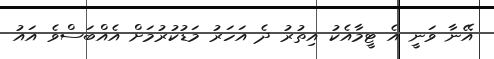
އޭނާ ވަނީ އެ ޓީމާއެކު އިތުރު ދެ އަހަރު މަޑުކުރުމަށް އެއްބަސްވެ އައު